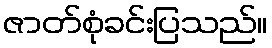
ဇာတ်စုံခင်းပြသည်။